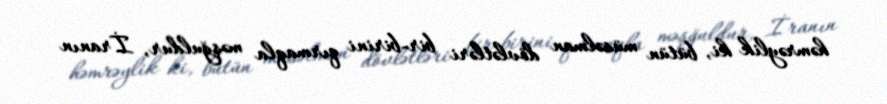
həmrəylik ki, bütün müsəlman dövlətləri bir-birini qırmaqla məşğuldur, İranın